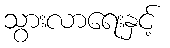
သွားလာရေးနှင့်